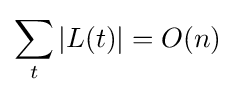
\sum _{t}|L(t)|=O(n)